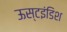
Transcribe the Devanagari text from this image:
ऊस्टइंडिश